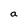
Character: a